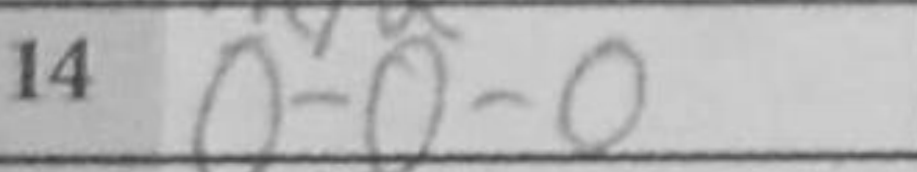
Transcription: O-O-O